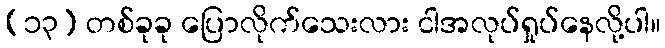
(၁၃) တစ်ခုခု ပြောလိုက်သေးလား ငါအလုပ်ရှုပ်နေလို့ပါ။